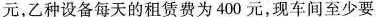
元，乙种设备每天的租赁费为400元，现车间至少要